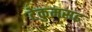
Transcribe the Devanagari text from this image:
टेकुमसह